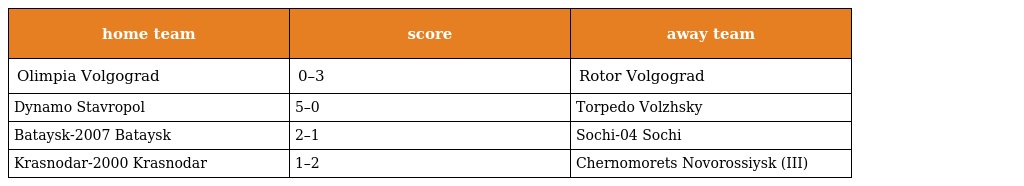
| home team | score | away team |
 | --- | --- | --- |
 | Olimpia Volgograd | 0–3 | Rotor Volgograd |
 | Dynamo Stavropol | 5–0 | Torpedo Volzhsky |
 | Bataysk-2007 Bataysk | 2–1 | Sochi-04 Sochi |
 | Krasnodar-2000 Krasnodar | 1–2 | Chernomorets Novorossiysk (III) |